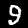
Digit: 9